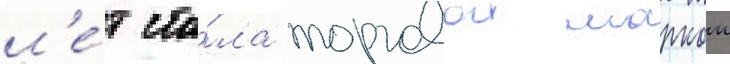
л'е́т ста́ла торговои маркои